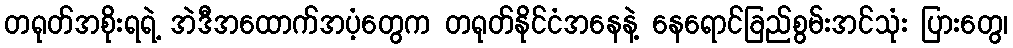
တရုတ်အစိုးရရဲ့ အဲဒီအထောက်အပံ့တွေက တရုတ်နိုင်ငံအနေနဲ့ နေရောင်ခြည်စွမ်းအင်သုံး ပြားတွေ၊